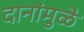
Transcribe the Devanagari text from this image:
दानांमुळे